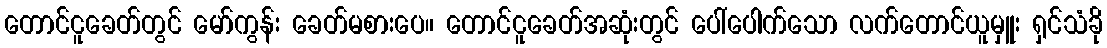
တောင်ငူခေတ်တွင် မော်ကွန်း ခေတ်မစားပေ။ တောင်ငူခေတ်အဆုံးတွင် ပေါ်ပေါက်သော လက်တောင်ယူမှူး ရှင်သံခို